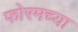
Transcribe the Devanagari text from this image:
फोरमच्या